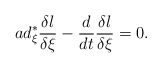
\begin{align*}ad_{\xi }^{\ast }\frac{\delta l}{\delta \xi }-\frac{d}{dt}\frac{\delta l}{\delta \xi }=0. \end{align*}